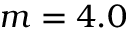
m = 4 . 0